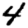
Digit: 4